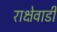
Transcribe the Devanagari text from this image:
राक्षेवाडी